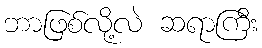
ဘာဖြစ်လို့လဲ ဆရာကြီး